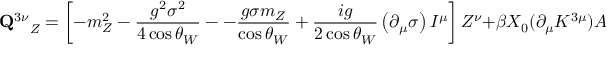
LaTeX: { { \bf Q } ^ { 3 \nu } } _ { Z } = \left[ - m _ { Z } ^ { 2 } - \frac { g ^ { 2 } \sigma ^ { 2 } } { 4 \cos \theta _ { W } } -- \frac { g \sigma m _ { Z } } { \cos \theta _ { W } } + \frac { i g } { 2 \cos \theta _ { W } } \left( \partial _ { \mu } \sigma \right) I ^ { \mu } \right] Z ^ { \nu } + \beta X _ { 0 } ( \partial _ { \mu } K ^ { 3 \mu } ) A ^ { \nu } .